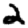
Digit: 2